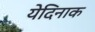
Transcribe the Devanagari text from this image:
येदिनाक